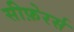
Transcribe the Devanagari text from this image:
सीफ़ेरर्स